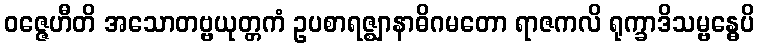
ဝဇ္ဇေဟီတိ အသောတဗ္ဗယုတ္တကံ ဥပစာရဇ္ဈာနာဓိဂမတော ရာဇကလိ ရုက္ခာဒိသမ္ဗန္ဓေပိ